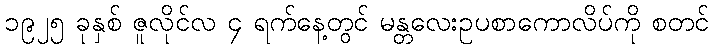
၁၉၂၅ ခုနှစ် ဇူလိုင်လ ၄ ရက်နေ့တွင် မန္တလေးဥပစာကောလိပ်ကို စတင်